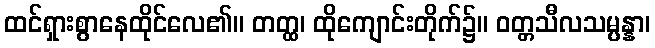
ထင်ရှားစွာနေထိုင်လေ၏။ တတ္ထ၊ ထိုကျောင်းတိုက်၌။ ဝတ္တသီလသမ္ပန္နာ၊